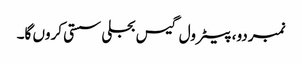
نمبردو، پیٹرول گیس بجلی سستی کروں گا۔